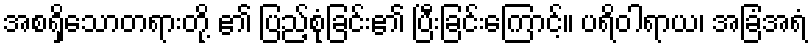
အစရှိသောတရားတို့ ၏ ပြည့်စုံခြင်း၏ ပြီးခြင်းကြောင့်။ ပရိဝါရာယ၊ အခြံအရံ